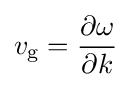
v_{\text{g}}={\frac {\partial \omega }{\partial k}}